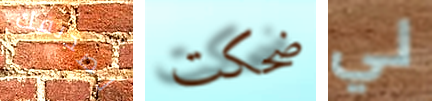
لصديقك ضحكت لي